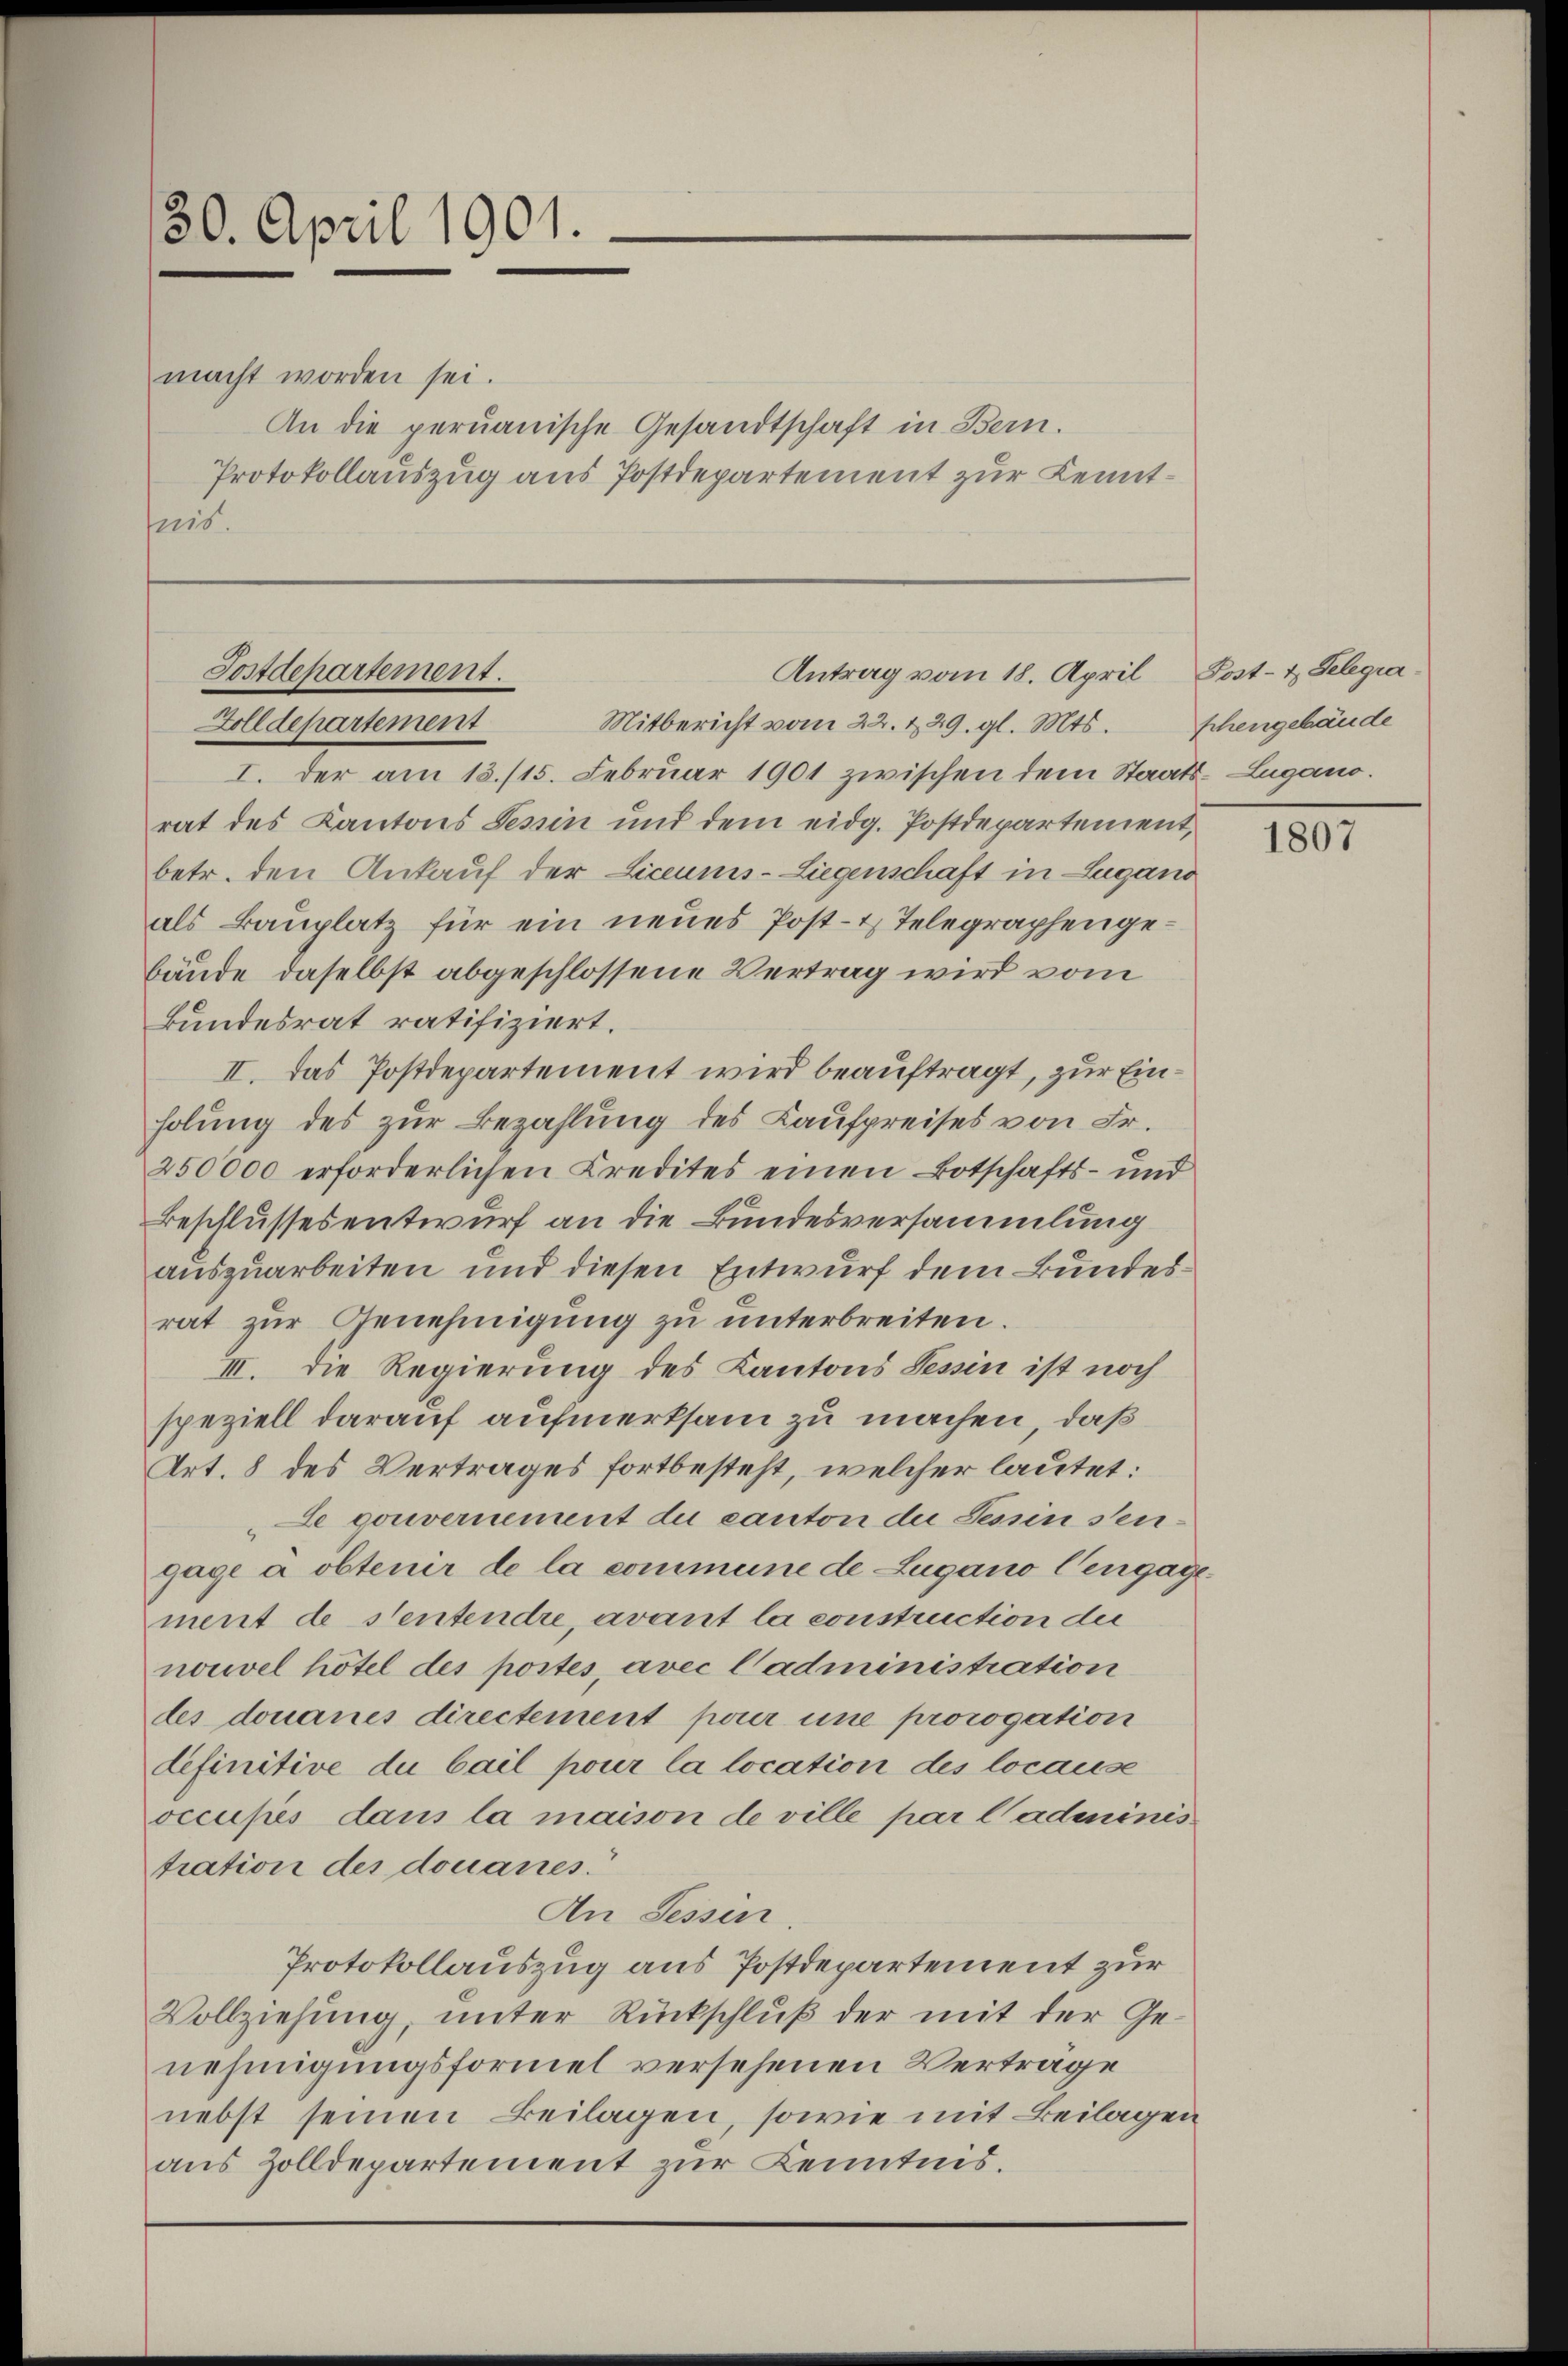
30. April 1901.
macht worden sei.
An die peruanische Gesandtschaft in Bern.
Protokollauszug aus Postdepartement zur Kennt¬
Preis.

I. der am 13./15. Februar 1901 zwischen dem Staats-Lugano.
rat des Kantons Tessin und dem eidg. Postdepartement,
betr. den Ankauf der Liceums-Liegenschaft in Lugano
als Bauplatz für ein neues Post- & Telegraphen gebäude daselbst abgeschlossene Vertrag wird vom
Bundesrat ratifiziert.
II. Das Postdepartement wird beauftragt, zur Einholung des zur Bezahlung des Kaufpreises von Fr.
250000 erforderlichen Kredites einen Botschafts- und
Beschlussesentwurf an die Bundesversammlung
auszuarbeiten und diesen Entwurf dem Bundesrat zur Genehmigung zu unterbreiten.
III. Die Regierung des Kantons Tessin ist noch
speziell darauf aufmerksam zu machen, daß
Art. 8 des Vertrages fortbesteht, welcher lautet:
Le gouvernement du canton die Tessin seigage a obtenir de la commune de Lugano Cengage
ment de Stentendre, avant la construction der
nouvel hötel des postes, avec l’administration
des douanes directement pour une prorogation
definitive du bail pour la location des locause
occupés dans la maison de ville par l’adminis
tration des douanes.
An Tessin
Protokollauszug aus Postdepartement zur
Vollziehung, unter Rückschluß der mit der Genehmigungsformel versehenen Vertrage
nebst seinen Beilagen, sowie mit Beilagen
aus Zolldepartement zur Kenntnis.

Postdepartement.
Antrag vom 18. April, Post- & Gelegra¬
Zolldepartement
Mitbericht vom 22. 229. gl. Mts. schengebäude

1807